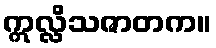
ဣလ္လိသဇာတက။